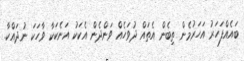
ބައެއްފަހަރު އަހަރުމެން ތިބެން އެތައް ދުވަހެއް ވަންދެން އެކަކު އަނެކަކާ ވާހަކަ ނުދައްކާ.